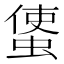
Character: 𧍅